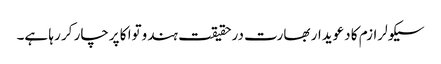
سیکولرازم کا دعویدار بھارت درحقیقت ہندوتوا کا پرچار کر رہا ہے۔